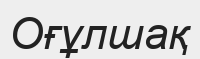
Оғұлшақ